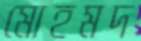
মোহমদ